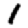
Digit: 1